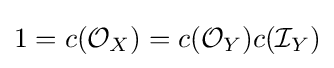
1=c({\mathcal {O}}_{X})=c({\mathcal {O}}_{Y})c({\mathcal {I}}_{Y})